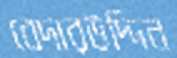
বেদারউদ্দিন